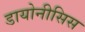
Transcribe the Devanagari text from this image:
डायोनीसिस